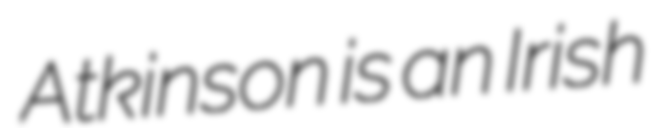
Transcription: Atkinson is an Irish